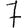
Digit: 7